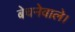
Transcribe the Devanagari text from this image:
बेचनेवाले।